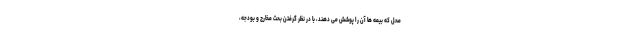
محل که بیمه ها آن را پوشش می دهند، با در نظر گرفتن بحث مخارج و بودجه،